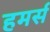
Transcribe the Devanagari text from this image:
हमर्स